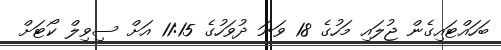
ބަހައްޓައިގެން ޖުލައި މަހުގެ 18 ވަނަ ދުވަހުގެ 11:15 އަށް ސިވިލް ކޯޓަށް